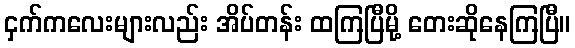
ငှက်ကလေးများလည်း အိပ်တန်း ထကြပြီမို့ တေးဆိုနေကြပြီ။